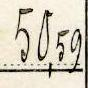
50,59